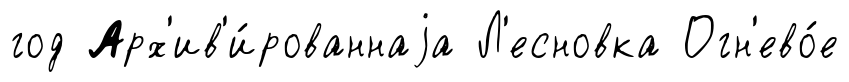
год Арх'ив'и́рованнаjа Л'есновка Огн'ево́е